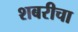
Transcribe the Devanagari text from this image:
शबरीचा